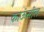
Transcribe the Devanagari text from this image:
काऊंसील